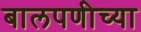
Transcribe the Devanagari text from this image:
बालपणीच्या